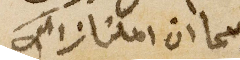
بما ان املنا ذالك